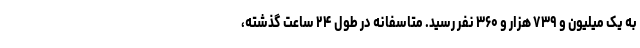
به یک میلیون و ۷۳۹ هزار و ۳۶۰ نفر رسید. متاسفانه در طول ۲۴ ساعت گذشته،